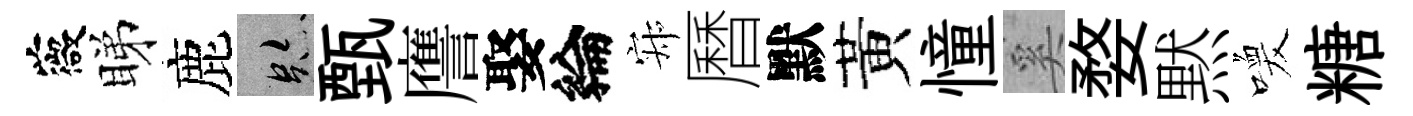
薇睇鹿跡甄譍娶綸寂曆默黃憧奚婺黙喚糖